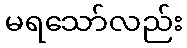
မရသော်လည်း